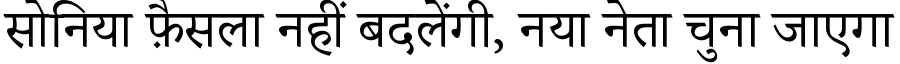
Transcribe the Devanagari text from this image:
सोनिया फ़ैसला नहीं बदलेंगी, नया नेता चुना जाएगा